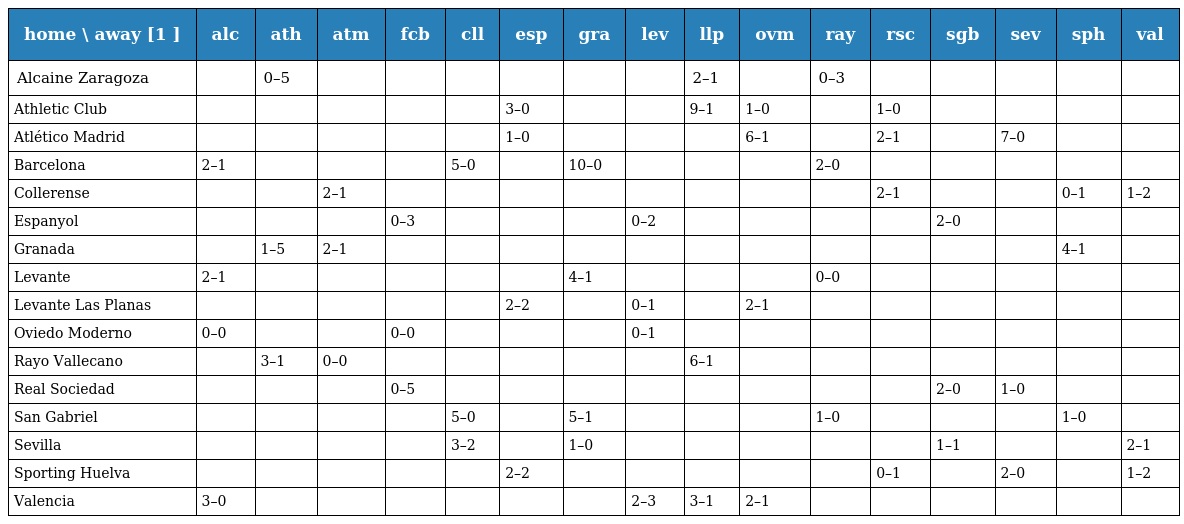
| home \ away [1 ] | alc | ath | atm | fcb | cll | esp | gra | lev | llp | ovm | ray | rsc | sgb | sev | sph | val |
 | --- | --- | --- | --- | --- | --- | --- | --- | --- | --- | --- | --- | --- | --- | --- | --- | --- |
 | Alcaine Zaragoza |  | 0–5 |  |  |  |  |  |  | 2–1 |  | 0–3 |  |  |  |  |  |
 | Athletic Club |  |  |  |  |  | 3–0 |  |  | 9–1 | 1–0 |  | 1–0 |  |  |  |  |
 | Atlético Madrid |  |  |  |  |  | 1–0 |  |  |  | 6–1 |  | 2–1 |  | 7–0 |  |  |
 | Barcelona | 2–1 |  |  |  | 5–0 |  | 10–0 |  |  |  | 2–0 |  |  |  |  |  |
 | Collerense |  |  | 2–1 |  |  |  |  |  |  |  |  | 2–1 |  |  | 0–1 | 1–2 |
 | Espanyol |  |  |  | 0–3 |  |  |  | 0–2 |  |  |  |  | 2–0 |  |  |  |
 | Granada |  | 1–5 | 2–1 |  |  |  |  |  |  |  |  |  |  |  | 4–1 |  |
 | Levante | 2–1 |  |  |  |  |  | 4–1 |  |  |  | 0–0 |  |  |  |  |  |
 | Levante Las Planas |  |  |  |  |  | 2–2 |  | 0–1 |  | 2–1 |  |  |  |  |  |  |
 | Oviedo Moderno | 0–0 |  |  | 0–0 |  |  |  | 0–1 |  |  |  |  |  |  |  |  |
 | Rayo Vallecano |  | 3–1 | 0–0 |  |  |  |  |  | 6–1 |  |  |  |  |  |  |  |
 | Real Sociedad |  |  |  | 0–5 |  |  |  |  |  |  |  |  | 2–0 | 1–0 |  |  |
 | San Gabriel |  |  |  |  | 5–0 |  | 5–1 |  |  |  | 1–0 |  |  |  | 1–0 |  |
 | Sevilla |  |  |  |  | 3–2 |  | 1–0 |  |  |  |  |  | 1–1 |  |  | 2–1 |
 | Sporting Huelva |  |  |  |  |  | 2–2 |  |  |  |  |  | 0–1 |  | 2–0 |  | 1–2 |
 | Valencia | 3–0 |  |  |  |  |  |  | 2–3 | 3–1 | 2–1 |  |  |  |  |  |  |